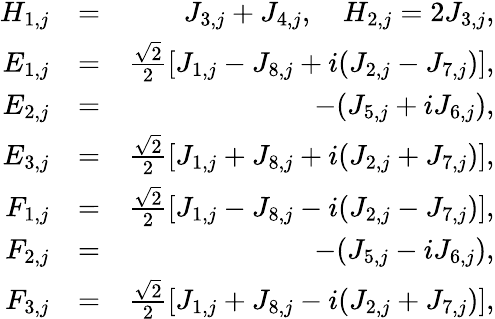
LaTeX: \begin{array}{rlr}{H_{1,j}}&{=}&{J_{3,j}+J_{4,j},\quad H_{2,j}=2J_{3,j},}\\ {E_{1,j}}&{=}&{\frac{\sqrt{2}}{2}[J_{1,j}-J_{8,j}+i(J_{2,j}-J_{7,j})],}\\ {E_{2,j}}&{=}&{-(J_{5,j}+iJ_{6,j}),}\\ {E_{3,j}}&{=}&{\frac{\sqrt{2}}{2}[J_{1,j}+J_{8,j}+i(J_{2,j}+J_{7,j})],}\\ {F_{1,j}}&{=}&{\frac{\sqrt{2}}{2}[J_{1,j}-J_{8,j}-i(J_{2,j}-J_{7,j})],}\\ {F_{2,j}}&{=}&{-(J_{5,j}-iJ_{6,j}),}\\ {F_{3,j}}&{=}&{\frac{\sqrt{2}}{2}[J_{1,j}+J_{8,j}-i(J_{2,j}+J_{7,j})],}\end{array}